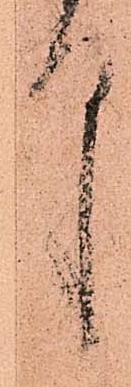
中